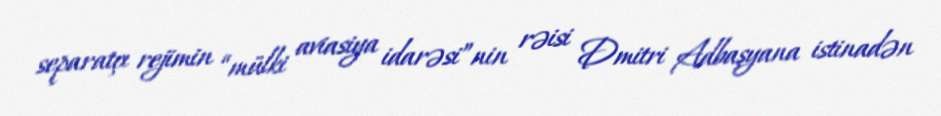
separatçı rejimin “mülki aviasiya idarəsi”nin rəisi Dmitri Adbaşyana istinadən